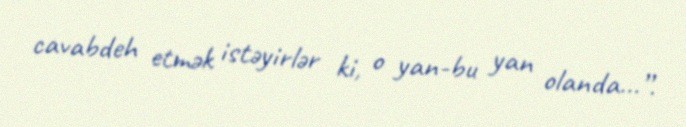
cavabdeh etmək istəyirlər ki, o yan-bu yan olanda...”.